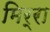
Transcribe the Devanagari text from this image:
मिर्रा